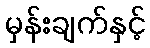
မှန်းချက်နှင့်